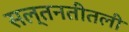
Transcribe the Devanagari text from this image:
सल्तनतीतली